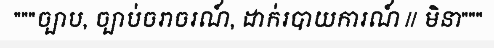
"""ច្បាប, ច្បាប់ចរាចរណ៍, ដាក់របាយការណ៍ // មិនា"""